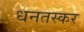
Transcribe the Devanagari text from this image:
धनतस्कर